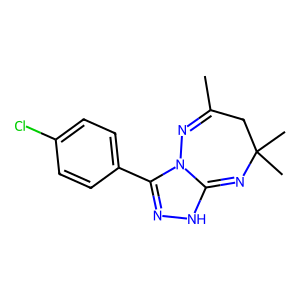
SMILES: CC1=NN2C(=NC(C)(C)C1)NN=C2c1ccc(Cl)cc1
Inhibits HIV replication: No